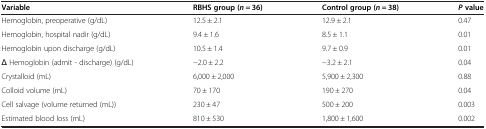
<table><thead><tr><td><b>Variable</b></td><td><b>RBHS group (<i>n</i> = 36)</b></td><td><b>Control group (<i>n</i> = 38)</b></td><td><b><i>P</i>value</b></td></tr></thead><tbody><tr><td>Hemoglobin, preoperative (g/dL)</td><td>12.5 ± 2.1</td><td>12.9 ± 2.1</td><td>0.47</td></tr><tr><td>Hemoglobin, hospital nadir (g/dL)</td><td>9.4 ± 1.6</td><td>8.5 ± 1.1</td><td>0.01</td></tr><tr><td>Hemoglobin upon discharge (g/dL)</td><td>10.5 ± 1.4</td><td>9.7 ± 0.9</td><td>0.01</td></tr><tr><td>Δ Hemoglobin (admit - discharge) (g/dL)</td><td>−2.0 ± 2.2</td><td>−3.2 ± 2.1</td><td>0.04</td></tr><tr><td>Crystalloid (mL)</td><td>6,000 ± 2,000</td><td>5,900 ± 2,300</td><td>0.88</td></tr><tr><td>Colloid volume (mL)</td><td>70 ± 170</td><td>190 ± 270</td><td>0.04</td></tr><tr><td>Cell salvage (volume returned (mL))</td><td>230 ± 47</td><td>500 ± 200</td><td>0.003</td></tr><tr><td>Estimated blood loss (mL)</td><td>810 ± 530</td><td>1,800 ± 1,600</td><td>0.002</td></tr></tbody></table>